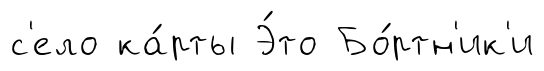
с'ело ка́рты Э́то Бо́ртн'ик'и